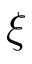
\xi